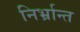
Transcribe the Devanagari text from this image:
निर्भ्रान्त